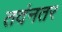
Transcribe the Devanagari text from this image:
तदंनतर